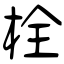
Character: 栓